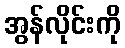
အွန်လိုင်းကို